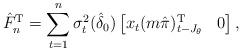
LaTeX: \begin{align*}\hat{F}_n^\mathrm{T} = \sum_{t=1}^{n}\sigma^2_t(\hat{\delta}_{0})\begin{bmatrix}x_{t}(m \hat{\pi})_{t-J_\theta}^{\mathrm{T}} & 0\end{bmatrix},\end{align*}